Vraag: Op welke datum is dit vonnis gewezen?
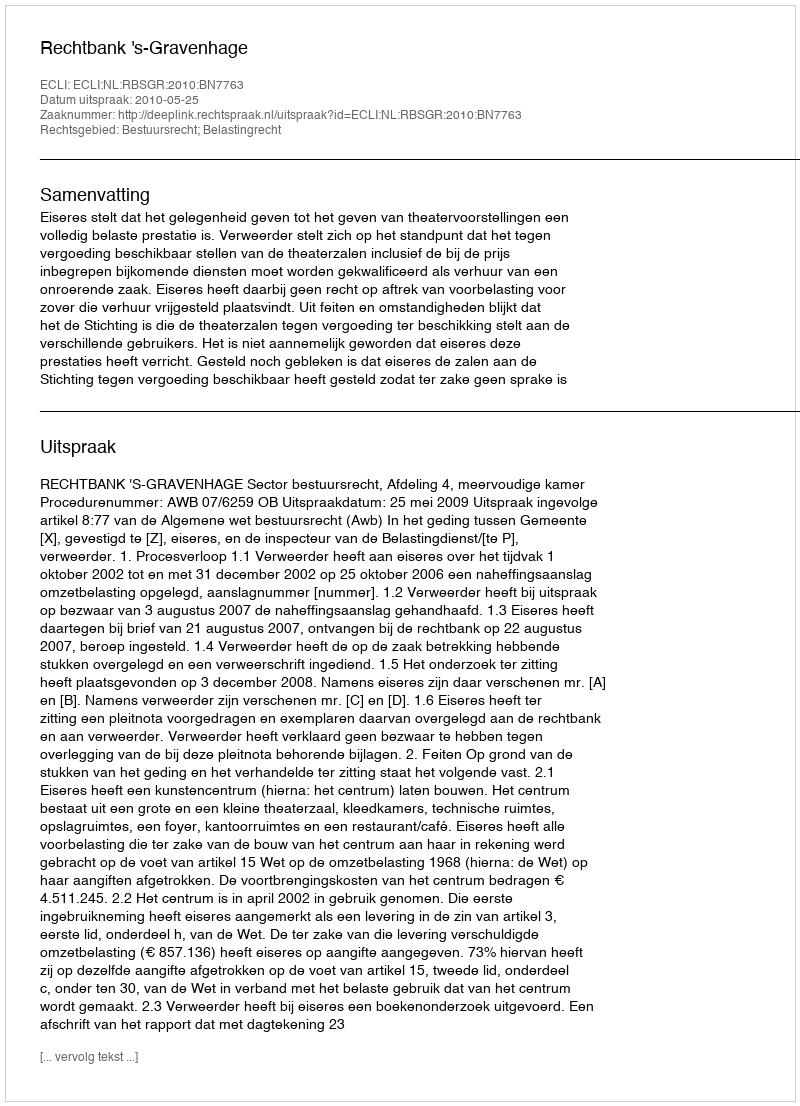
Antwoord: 2010-05-25